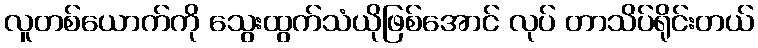
လူတစ်ယောက်ကို သွေးထွက်သံယိုဖြစ်အောင် လုပ် တာသိပ်ရိုင်းတယ်